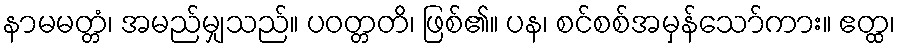
နာမမတ္တံ၊ အမည်မျှသည်။ ပဝတ္တတိ၊ ဖြစ်၏။ ပန၊ စင်စစ်အမှန်သော်ကား။ ဧတ္ထ၊